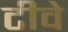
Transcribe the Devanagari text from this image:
टीवे